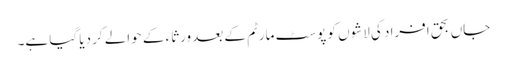
جاں بحق افراد کی لاشوں کو پوسٹ مارٹم کے بعد ورثاء کے حوالے کر دیا گیا ہے۔